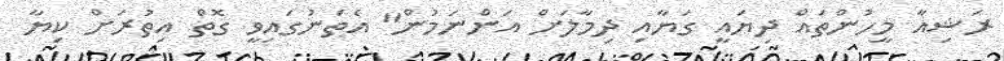
ރަޝިއާ މީހުންތައް ދިޔައީ ގަޔާއި ދިމާލަށް އަންނަމުން" އެތަނުގައިވީ ގޮތް އިތުރަށް ކިޔާ